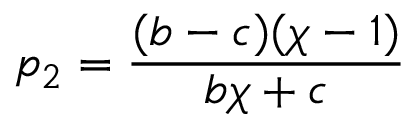
p _ { 2 } = \frac { ( b - c ) ( \chi - 1 ) } { b \chi + c }